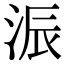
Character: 浱